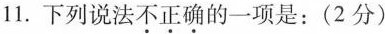
11.下列说法不正确的一项是：(2分)。